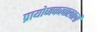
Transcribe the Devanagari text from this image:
प्रायोजकत्वाखाली